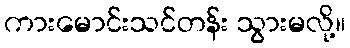
ကားမောင်းသင်တန်း သွားမလို့။